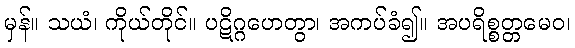
မှန်။ သယံ၊ ကိုယ်တိုင်။ ပဋိဂ္ဂဟေတွာ၊ အကပ်ခံ၍။ အပရိစ္စတ္တမေဝ၊